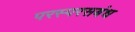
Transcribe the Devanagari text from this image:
परस्परसबंध